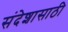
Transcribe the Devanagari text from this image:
संदेशासाठी